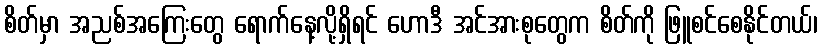
စိတ်မှာ အညစ်အကြေးတွေ ရောက်နေ့လို့ရှိရင် ဟောဒီ အင်အားစုတွေက စိတ်ကို ဖြူစင်စေနိုင်တယ်၊